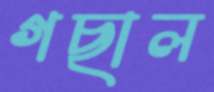
গছাল